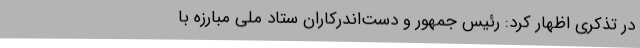
در تذکری اظهار کرد: رئیس جمهور و دست‌اندرکاران ستاد ملی مبارزه با